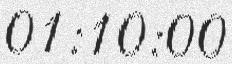
01:10:00